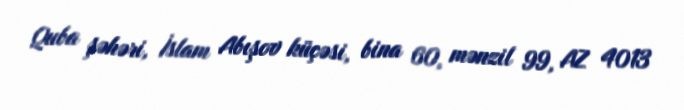
Quba şəhəri, İslam Abışov küçəsi, bina 60, mənzil 99, AZ 4013